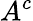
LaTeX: A^{c}